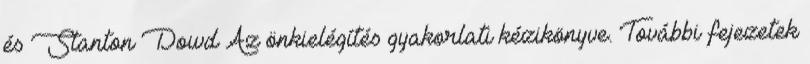
és Stanton Dowd Az önkielégítés gyakorlati kézikönyve. További fejezetek